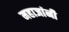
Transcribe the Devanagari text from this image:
महाजांनी